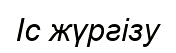
Іс жүргізу